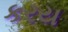
કરય